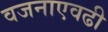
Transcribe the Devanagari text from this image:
वजनाएवढी